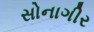
સોનાગીર